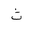
Letter: _tha